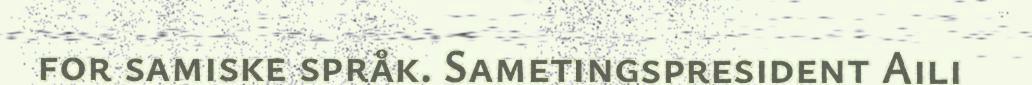
for samiske språk. Sametingspresident Aili